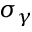
\sigma _ { \gamma }